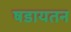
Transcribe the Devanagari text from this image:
षडायतन